Civil Veterinary Dept. Bombay admin report 1923-31 - 1923-1931
Year: 1923
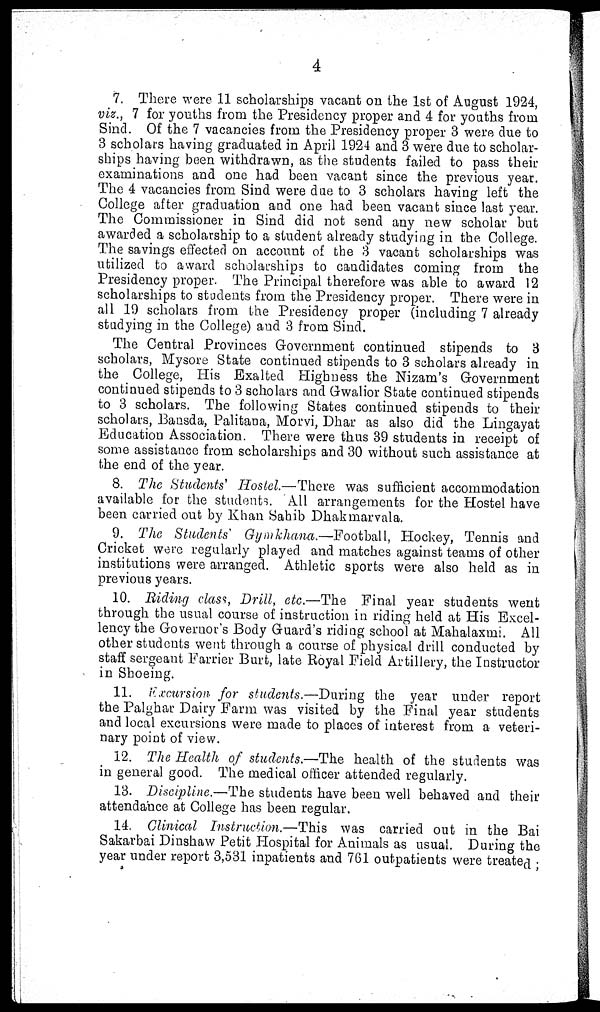
4
7. There were 11 scholarships vacant on the 1st of August 1924,
viz., 7 for youths from the Presidency proper and 4 for youths from
Sind. Of the 7 vacancies from the Presidency proper 3 were due to
3 scholars having graduated in April 1924 and 3 were due to scholar-
ships having been withdrawn, as the students failed to pass their
examinations and one had been vacant since the previous year
The 4 vacancies from Sind were due to 3 scholars having left the
College after graduation and one had been vacant since last year.
The Commissioner in Sind did not send any new scholar but
awarded a scholarship to a student already studying in the. College.
The savings effected on account of the 3 vacant scholarships was
utilized to award scholarships to candidates coming from the
Presidency proper. The Principal therefore was able to award 12
scholarships to students from the Presidency proper. There were in
all 19 scholars from the Presidency proper (including 7 already
studying in the College) and 3 from Sind.
The Central Provinces Government continued stipends to 3
scholars, Mysore State continued stipends to 3 scholars already in
the College, His Exalted Highness the Nizam's Government
continued stipends to 3 scholars and Gwalior State continued stipends
to 3 scholars. The following States continued stipends to their
scholars, Bansda, Palitana, Morvi, Dhar as also did the Lingayat
Education Association. There were thus 39 students in receipt of
some assistance from scholarships and 30 without such assistance at
the end of the year.
8. The Students' Hostel.—There was sufficient accommodation
available for the students. All arrangements for the Hostel have
been carried out by Khan Sahib Dhakmarvala.
9. The Students' Gymkhana.—Football, Hockey, Tennis and
Cricket were regularly played and matches against teams of other
institutions were arranged. Athletic sports were also held as in
previous years.
10. Biding class, Drill, etc.—The Final year students went
through the usual course of instruction in riding held at His Excel-
lency the Governor's Body Guard's riding school at Mahalaxmi. All
other students went through a course of physical drill conducted by
staff sergeant Farrier Burt, late Royal Field Artillery, the Instructor
in Shoeing.
11. Excursion for students.—During the year under report
the Palghar Dairy Farm was visited by the Final year students
and local excursions were made to places of interest from a veteri-
nary point of view.
12. The Health of students.—The health of the students was
in general good. The medical officer attended regularly.
13. Discipline.—The students have been well behaved and their
attendance at College has been regular.
14. Clinical Instruction.—This was carried out in the Bai
Sakarbai Dinshaw Petit Hospital for Animals as usual. During the
year under report 3,531 inpatients and 761 outpatients were treated ;